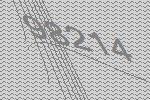
98214